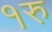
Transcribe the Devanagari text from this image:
१रु